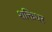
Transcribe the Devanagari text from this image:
शक्तिधर